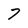
Character: 7